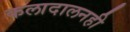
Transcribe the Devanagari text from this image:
कलादालनही